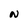
Character: N